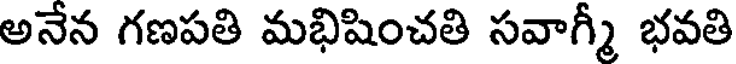
అనేన గణపతి మభిషించతి సవాగ్మీ భవతి